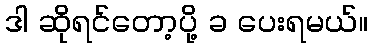
ဒါ ဆိုရင်တော့ပို့ ခ ပေးရမယ်။